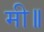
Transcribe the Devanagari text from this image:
मी॥